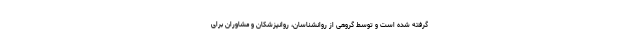
گرفته شده است و توسط گروهی از روانشناسان، روانپزشکان و مشاوران برای